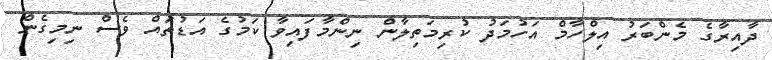
ދާއިރާގެ މެންބަރު އިލްހާމް އަހުމަދު ކުރިމަތިލާން ނިންމާފައިވާ ކަމުގެ އަޑުތައް ވެސް ނިމިގެން